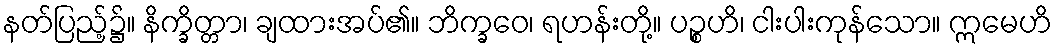
နတ်ပြည့်၌။ နိက္ခိတ္တာ၊ ချထားအပ်၏။ ဘိက္ခဝေ၊ ရဟန်းတို့။ ပဉ္စဟိ၊ ငါးပါးကုန်သော။ ဣမေဟိ